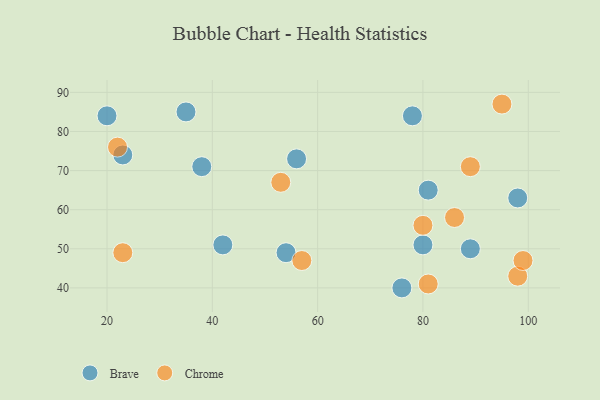
{"axis": {"x": "GDP", "y": "Life Expectancy"}, "legend": ["Brave", "Chrome"], "data": [{"x": "38", "y": 71, "type": "Brave"}, {"x": "78", "y": 84, "type": "Brave"}, {"x": "54", "y": 49, "type": "Brave"}, {"x": "42", "y": 51, "type": "Brave"}, {"x": "89", "y": 50, "type": "Brave"}, {"x": "56", "y": 73, "type": "Brave"}, {"x": "20", "y": 84, "type": "Brave"}, {"x": "35", "y": 85, "type": "Brave"}, {"x": "81", "y": 65, "type": "Brave"}, {"x": "23", "y": 74, "type": "Brave"}, {"x": "98", "y": 63, "type": "Brave"}, {"x": "76", "y": 40, "type": "Brave"}, {"x": "80", "y": 51, "type": "Brave"}, {"x": "89", "y": 71, "type": "Chrome"}, {"x": "80", "y": 56, "type": "Chrome"}, {"x": "98", "y": 43, "type": "Chrome"}, {"x": "95", "y": 87, "type": "Chrome"}, {"x": "57", "y": 47, "type": "Chrome"}, {"x": "99", "y": 47, "type": "Chrome"}, {"x": "23", "y": 49, "type": "Chrome"}, {"x": "86", "y": 58, "type": "Chrome"}, {"x": "22", "y": 76, "type": "Chrome"}, {"x": "81", "y": 41, "type": "Chrome"}, {"x": "53", "y": 67, "type": "Chrome"}]}